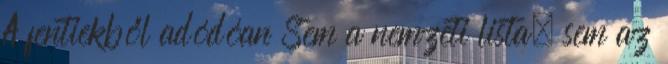
A fentiekből adódóan Sem a nemzeti lista, sem az